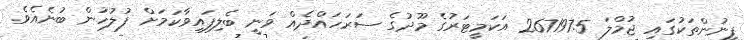
ފީނުންތަކުގައި ޖުމްލަ 267197.5 އަކަމީޓަރުގެ މޫދުގެ ސަރަހައްދެއް ވަނީ ބެލިފައިވާކަމަށް ފުލުހުން ބުނެއެވެ.